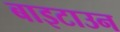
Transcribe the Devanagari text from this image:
बाइटाउन